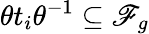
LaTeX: {\theta t_{i}\theta^{-1}\subseteq\mathscr{F}_{g}}